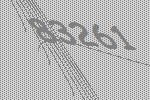
83261